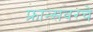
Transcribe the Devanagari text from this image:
फ्रान्सवरचे